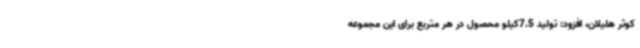
کوثر هلیلان، افزود: تولید 7.5کیلو محصول در هر متربع برای این مجموعه